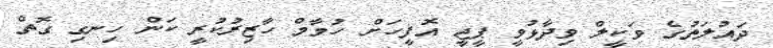
ދައުލަތުގެ ވަކީލް ވިދާޅުވީ ޕީޖީ އޮފީހަށް ހުމާމް ހާޒިރުކުރީ ކަން ހިނގި ގޮތް